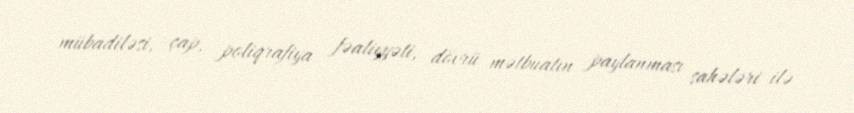
mübadiləsi, çap, poliqrafiya fəaliyyəti, dövrü mətbuatın paylanması sahələri ilə